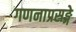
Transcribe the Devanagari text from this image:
गणनाप्रसङ्गे